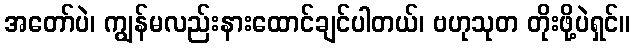
အတော်ပဲ၊ ကျွန်မလည်းနားထောင်ချင်ပါတယ်၊ ဗဟုသုတ တိုးဖို့ပဲရှင်။